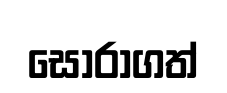
සොරාගත්